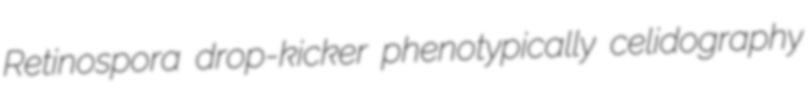
Retinospora drop-kicker phenotypically celidography